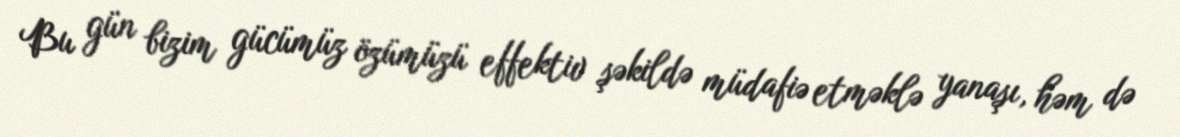
Bu gün bizim gücümüz özümüzü effektiv şəkildə müdafiə etməklə yanaşı, həm də